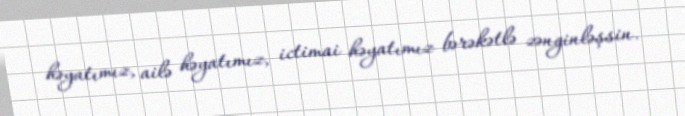
həyatımız, ailə həyatımız, ictimai həyatımız bərəkətlə zənginləşsin.